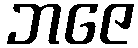
ဘဇေ